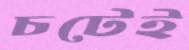
চটেই